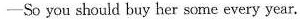
-So you should buy her some every year.